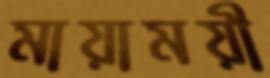
মায়াময়ী